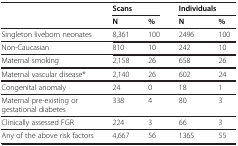
|  | <COLSPAN=2> Scans | <COLSPAN=2> Individuals |
 |  | N | % | N | % |
 | --- | --- | --- | --- | --- |
 | Singleton liveborn neonates | 8,361 | 100 | 2496 | 100 |
 | Non-Caucasian | 810 | 10 | 242 | 10 |
 | Maternal smoking | 2,158 | 26 | 658 | 26 |
 | Maternal vascular disease* | 2,140 | 26 | 602 | 24 |
 | Congenital anomaly | 24 | 0 | 18 | 1 |
 | Maternal pre-existing or gestational diabetes | 338 | 4 | 80 | 3 |
 | Clinically assessed FGR | 224 | 3 | 66 | 3 |
 | Any of the above risk factors | 4,667 | 56 | 1365 | 55 |